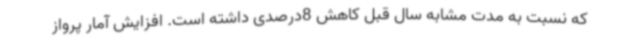
که نسبت به مدت مشابه سال قبل کاهش 8درصدی داشته است. افزایش آمار پرواز